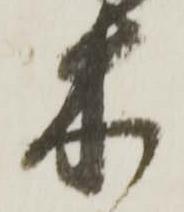
木